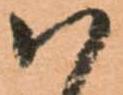
ハ